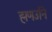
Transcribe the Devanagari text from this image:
ह्मणउनि